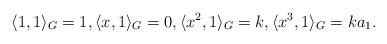
LaTeX: \begin{align*}\langle 1,1\rangle_G=1,\langle x,1\rangle_G=0,\langle x^2,1\rangle_G=k,\langle x^3,1\rangle_G=ka_1.\end{align*}